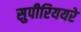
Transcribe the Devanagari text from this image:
सुपीरिययरे